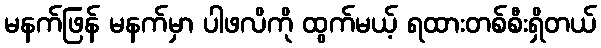
မနက်ဖြန် မနက်မှာ ပါဖလိကို ထွက်မယ့် ရထားတစ်စီးရှိတယ်